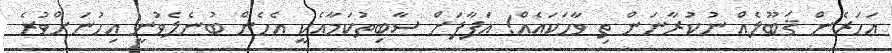
އަހަރެން ޤަބޫލެއް ނުކުރާނަން ތި ވާހަކައެއް! އަފާފަށް ސާބިތުކަމާއެކީ އެހެން ބުނެލެވުނީ އިހުނަށްވުރެ